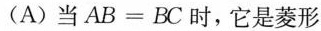
(A)当$$A B = B C$$时，它是菱形